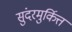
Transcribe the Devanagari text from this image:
सुंदरमुर्कित्त